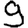
Digit: 9